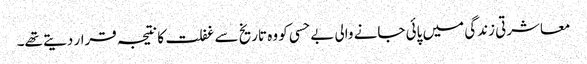
معاشرتی زندگی میں پائی جانے والی بے حسی کو وہ تاریخ سے غفلت کا نتیجہ قرار دیتے تھے۔